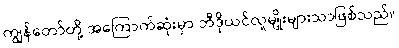
ကျွန်တော်တို့ အကြောက်ဆုံးမှာ ဘီဒိုယင်လူမျိုးများသာဖြစ်သည်။